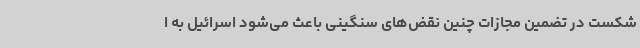
شکست در تضمین مجازات چنین نقض‌های سنگینی باعث می‌شود اسرائیل به ا